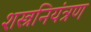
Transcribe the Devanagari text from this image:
शस्त्रनियंत्रण